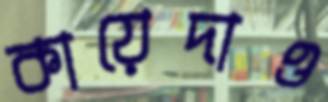
কায়েদাও